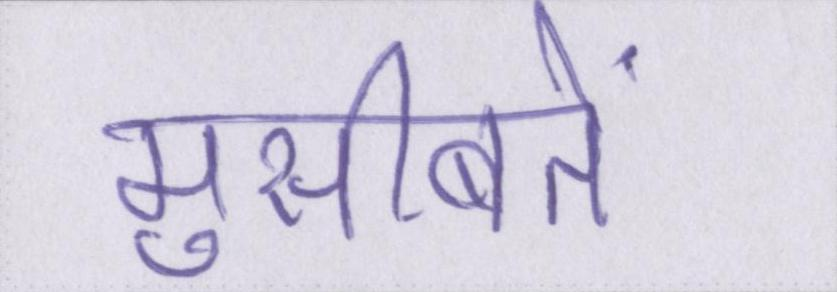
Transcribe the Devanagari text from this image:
मुसीबतें